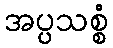
အပ္ပသစ္စံ